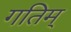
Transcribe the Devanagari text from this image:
गतिम्